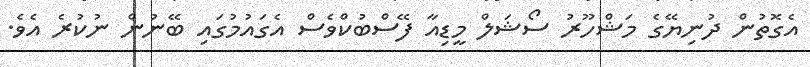
އެގޮތުން ދުނިޔޭގެ މަޝްހޫރު ސޯޝަލް މީޑިއާ ފޭސްބުކްވެސް އެގައުމުގައި ބޭނުން ނުކުރެ އެވެ.